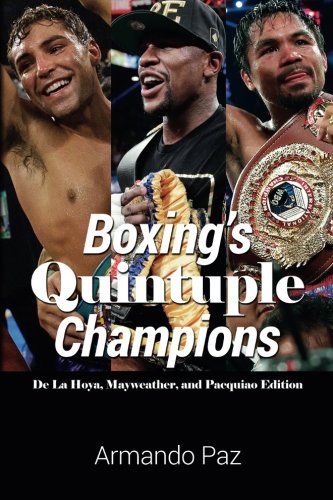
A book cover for Boxing's Quintuple Champions: De La Hoya, Mayweather, and Pacquiao Edition; Armando Paz; Sports & Outdoors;